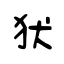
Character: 犾